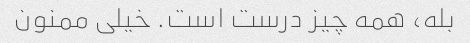
بله، همه چیز درست است. خیلی ممنون